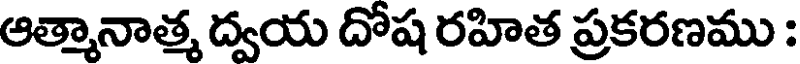
ఆత్మానాత్మ ద్వయ దోష రహిత ప్రకరణము :